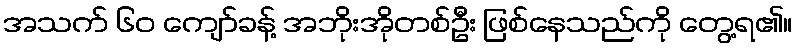
အသက် ၆၀ ကျော်ခန့် အဘိုးအိုတစ်ဦး ဖြစ်နေသည်ကို တွေ့ရ၏။